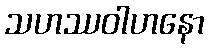
သဟဿဝါဟနော